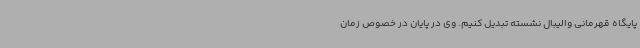
پایگاه قهرمانی والیبال نشسته تبدیل کنیم. وی در پایان در خصوص زمان